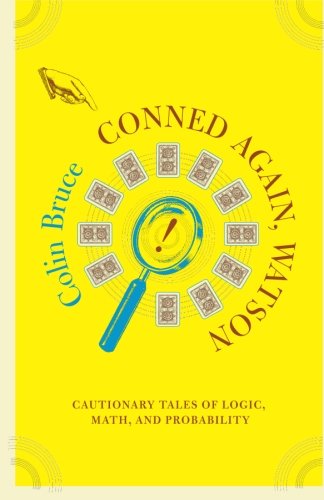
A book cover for Conned Again, Watson! Cautionary Tales of Logic, Math, and Probability; Colin Bruce; Mystery, Thriller & Suspense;